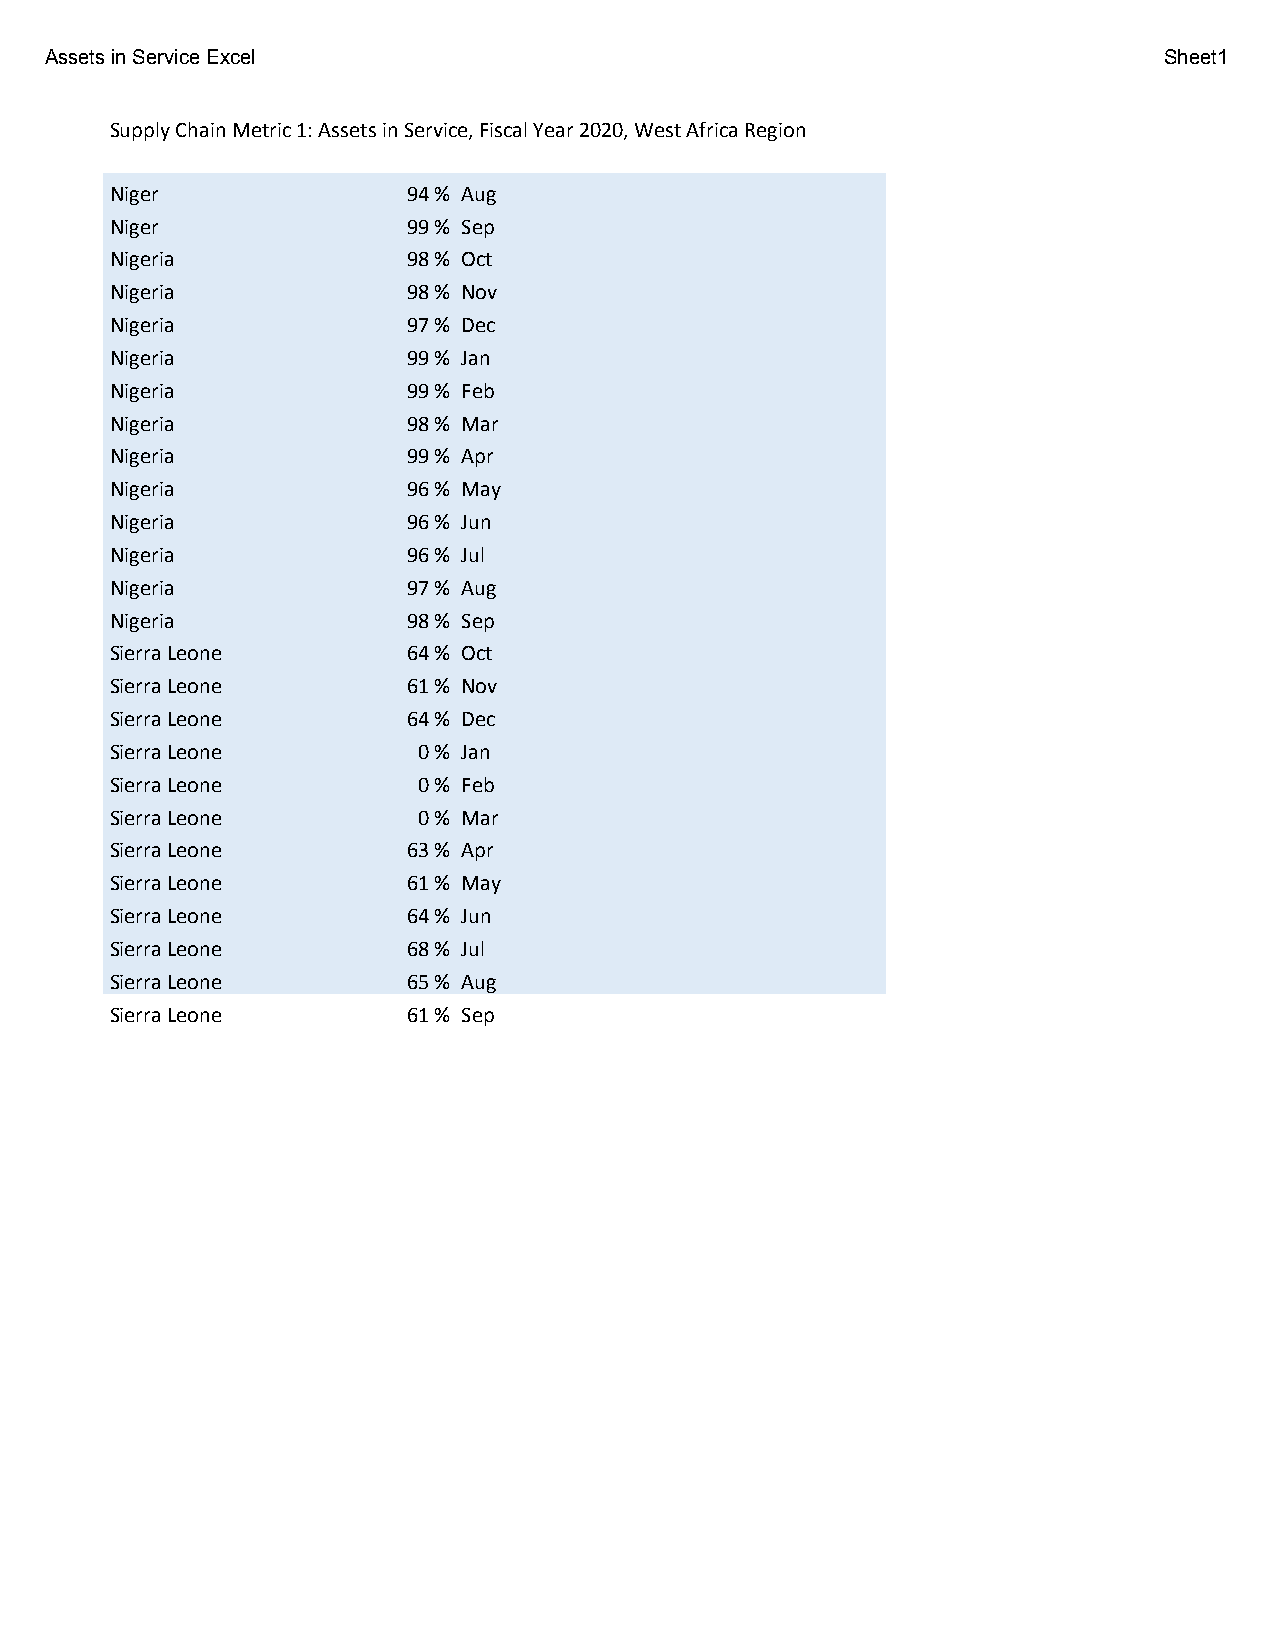
Assets in Service Excel                                                   Sheet1
 Supply Chain Metric 1: Assets in Service, Fiscal Year 2020, West Africa Region
 Niger               94 % Aug
 Niger               99 % Sep
 Nigeria             98 % Oct
 Nigeria             98 % Nov
 Nigeria             97 % Dec
 Nigeria             99 % Jan
 Nigeria             99 % Feb
 Nigeria             98 % Mar
 Nigeria             99 % Apr
 Nigeria             96 % May
 Nigeria             96 % Jun
 Nigeria             96 % Jul
 Nigeria             97 % Aug
 Nigeria             98 % Sep
 Sierra Leone        64 % Oct
 Sierra Leone        61 % Nov
 Sierra Leone        64 % Dec
 Sierra Leone         0 % Jan
 Sierra Leone         0 % Feb
 Sierra Leone         0 % Mar
 Sierra Leone        63 % Apr
 Sierra Leone        61 % May
 Sierra Leone        64 % Jun
 Sierra Leone        68 % Jul
 Sierra Leone        65 % Aug
 Sierra Leone        61 % Sep